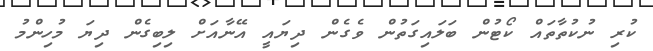
ކުރި ނުކުތާތައް ކޯޓުން ބަލައިގަތުން ވެގެން ދިޔައީ އޭނާއަށް ލިބިގެން ދިޔަ މުހިންމު